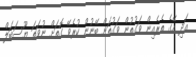
އަދި އޭގެ ތެރެއިން ވަގުތުން ވަގުތަށް ބޭނުން ކުރެވޭ ގޮތަށް ނުވަތަ ޔޫސަބަލް